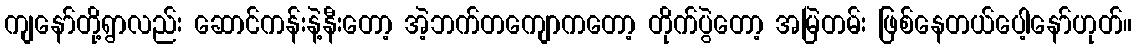
ကျနော်တို့ရွာလည်း ဆောင်ကန်းနဲ့နီးတော့ အဲ့ဘက်တကျောကတော့ တိုက်ပွဲတော့ အမြဲတမ်း ဖြစ်နေတယ်ပေါ့နော်ဟုတ်။